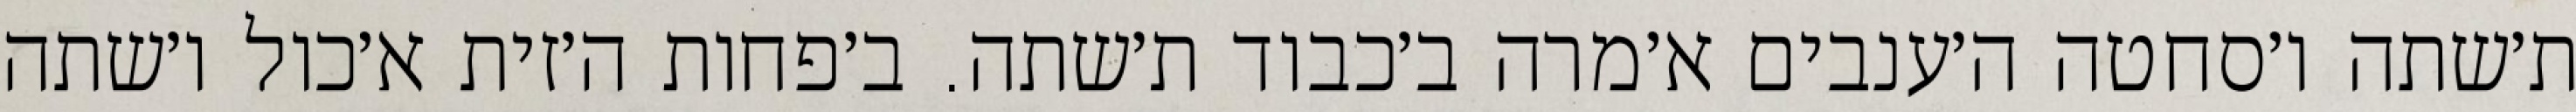
ת׳שתה ו׳סחטה ה׳ענבים א׳מרה ב׳כבוד ת׳שתה. ב׳פחות ה׳זית א׳כול ו׳שתה